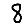
Digit: 8